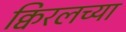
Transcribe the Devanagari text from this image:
क्विरलच्या